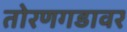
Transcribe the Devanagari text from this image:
तोरणगडावर